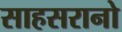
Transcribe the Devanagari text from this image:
साहसरानो